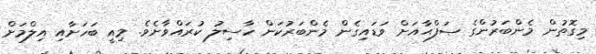
މިގޮތުން މެންބަރުންގެ ޞަފްޙާއަށް ވަޑައިގެން މެންބަރުކަން ހާސިލު ކުރައްވާށެވެ. މިއީ ބަހަށާއި އިލްމަށް